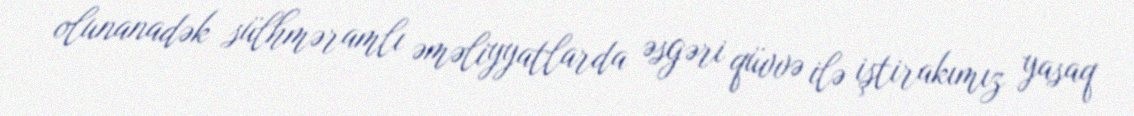
olunanadək sülhməramlı əməliyyatlarda əsgəri qüvvə ilə iştirakımız yasaq